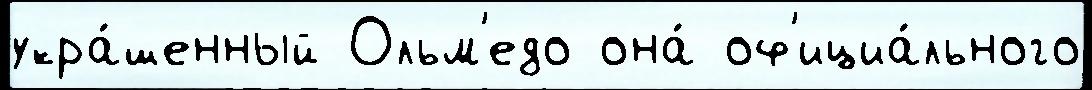
укра́шенный Ольм'едо она́ оф'ициа́льного